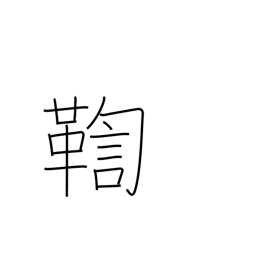
Meaning: investigate a crime